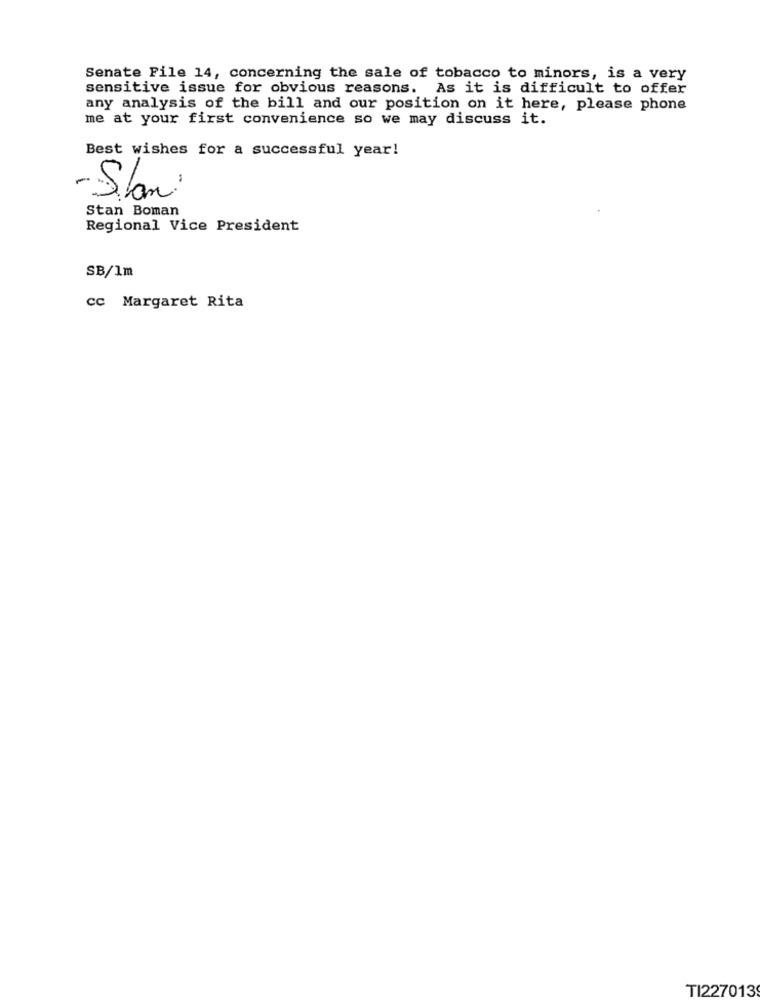
Senate File 14, concerning the sale of tobacco to minors, is a very
sensitive issue for obvious reasons. As it is difficult to offer
any analysis of the bill and our position on it here, please phone
me at your first convenience so we may discuss it.
Best wishes for a successful year!
- Slan:
Stan Boman
Regional Vice President
SB/1m
cc Margaret Rita
TI227013